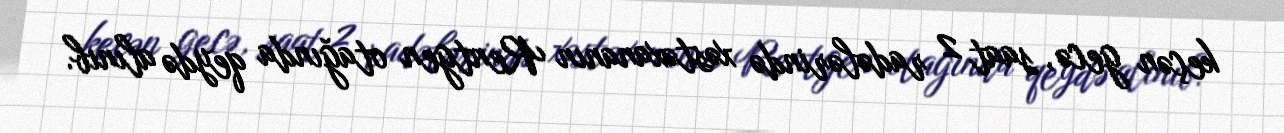
keçən gecə, saat 2 radələrində xəstəxananın Rentgen otağında qeydə alınıb.